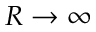
R \rightarrow \infty